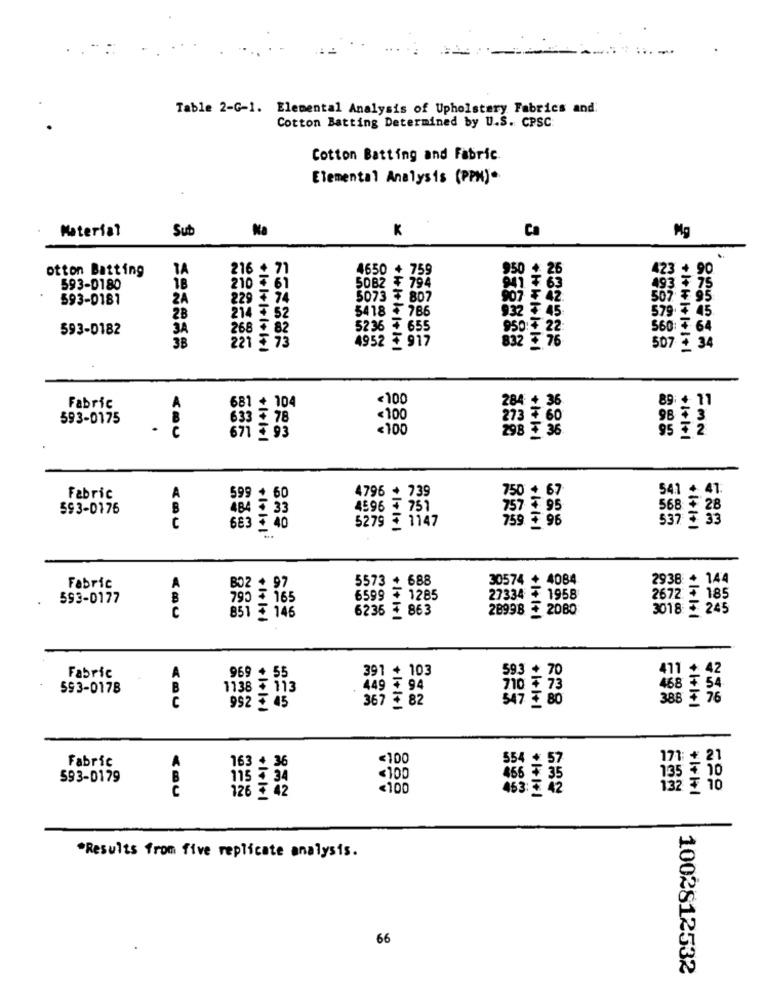
-
Table 2-G-1. Elemental Analysis of Upholstery Fabrics and
Cotton Batting Determined by U.S. CPSC:
Cotton Batting and Fabric.
Elemental Analysis (PPM).
Sub
Na
K
Ca
Material
Mg
.
otton Batting
TA
216 + 71
4650 + 759
950
26
423 +
90
593-0180
18
210 ₹ 61
5082 ₮ 794
493 3 75
593-0181
2A
229 3 74
5073 # 807
907 F 42.
507 ¥ 95
932 7 45
579.
. 7 45.
2B
214 + 52
5418 ₹ 786
593-0182
JA
268 € 82
5236 ₮ 655
950 22
560:
₹ 64
3B
221 ₹ 73
4952 ₹ 917
5077
34
832 5 76
<100
36
89
11
Fabric
1 + 104
264
593-0175
633 £ 78
< 100
60
98
3
.
<100
95 +2
13 93
298 +36
+1+1+1
+1+1+1
4796 + 739
750 + 67
541
+ 41
Fabric
599 _ 60
593-0176
484 33
4596 ₹ 751
757 = 95
568 5 28
5279 5 1147
537 3 33
C
683 3 40
759 ₮ 96
5573 + 688
30574 + 4084
2938 + 144
Fabric
A
BO2 + 97
593-0177
B
795 165
6599 + 1285
27334 ₮ 1958
2672 ₮ 185
C
6235 + 863
28998 + 2080
3018 5 245
851 _ 146
969 + 55
391 + 103
593 + 70
411 + 42
Fabric
468 ₮ 54
593-0178
B
1138 ₹ 113
449 ₮ 94
710 ₹ 73
C
367 + 82
547 ₹80
388 ₮ 76
992 - 45
Fabric
163 + 36
<100
554 + 57
171 + 21
F 10
593-0179
B
115 + 34
<100
456 35
135 €
<100
453: 42
132 ₹ 10
126 £ 42
*Results from five replicate analysis.
66
1002812532